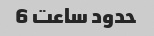
حدود ساعت 6